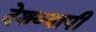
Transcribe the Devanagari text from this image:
देशव्‍यापी